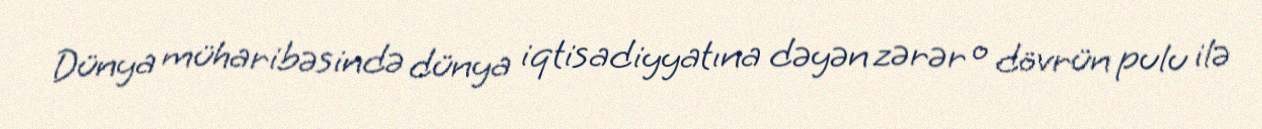
Dünya müharibəsində dünya iqtisadiyyatına dəyən zərər o dövrün pulu ilə